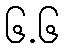
၆.၆